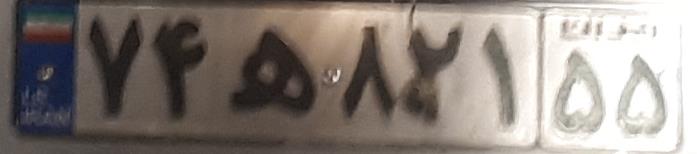
۷۴ه۸۲۱۵۵